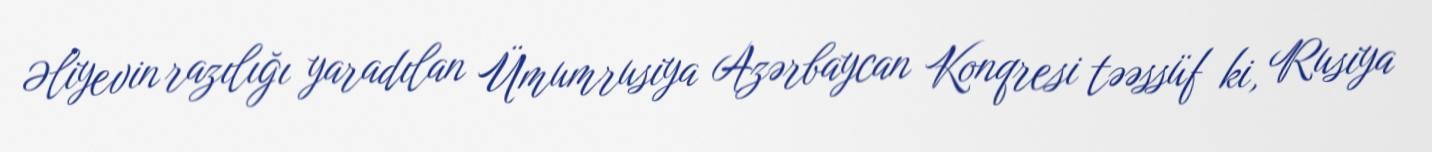
Əliyevin razılığı yaradılan Ümumrusiya Azərbaycan Konqresi təəssüf ki, Rusiya